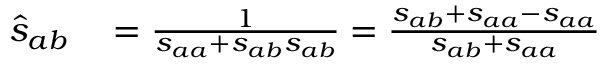
\begin{array} { r l } { \hat { s } _ { a b } } & { { } = \frac { 1 } { s _ { a a } + s _ { a b } s _ { a b } } = \frac { s _ { a b } + s _ { a a } - s _ { a a } } { s _ { a b } + s _ { a a } } } \end{array}